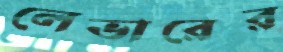
লেভারের